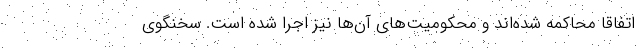
اتفاقا محاکمه شده‌اند و محکومیت‌های آن‌ها نیز اجرا شده است. سخنگوی